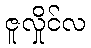
ဇူလှိုင်လ